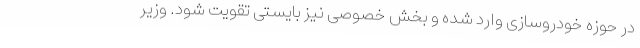
در حوزه خودروسازی وارد شده و بخش خصوصی نیز بایستی تقویت شود. وزیر